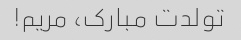
تولدت مبارک، مریم!